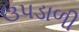
ઉપડાળી